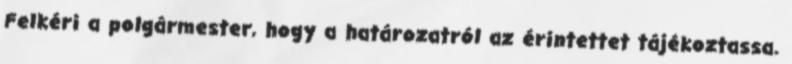
Felkéri a polgármester, hogy a határozatról az érintettet tájékoztassa.